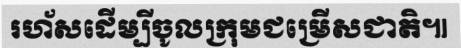
រហ័សដើម្បីចូលក្រុមជម្រើសជាតិ៕